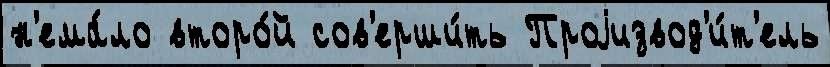
н'ема́ло второ́й сов'ерши́ть Проjизвод'и́т'ель